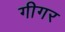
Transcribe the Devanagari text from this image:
गीगर